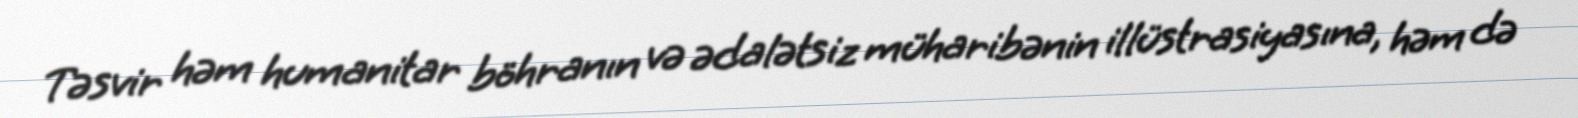
Təsvir həm humanitar böhranın və ədalətsiz müharibənin illüstrasiyasına, həm də